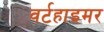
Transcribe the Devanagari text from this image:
वर्टहाइमर